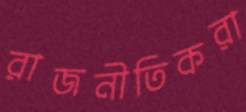
রাজনীতিকরা